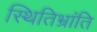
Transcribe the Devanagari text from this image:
स्थितिभ्रांति